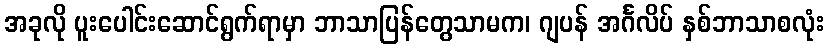
အခုလို ပူးပေါင်းဆောင်ရွက်ရာမှာ ဘာသာပြန်တွေသာမက၊ ဂျပန် အင်္ဂလိပ် နှစ်ဘာသာစလုံး